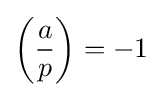
\left({\frac {a}{p}}\right)=-1